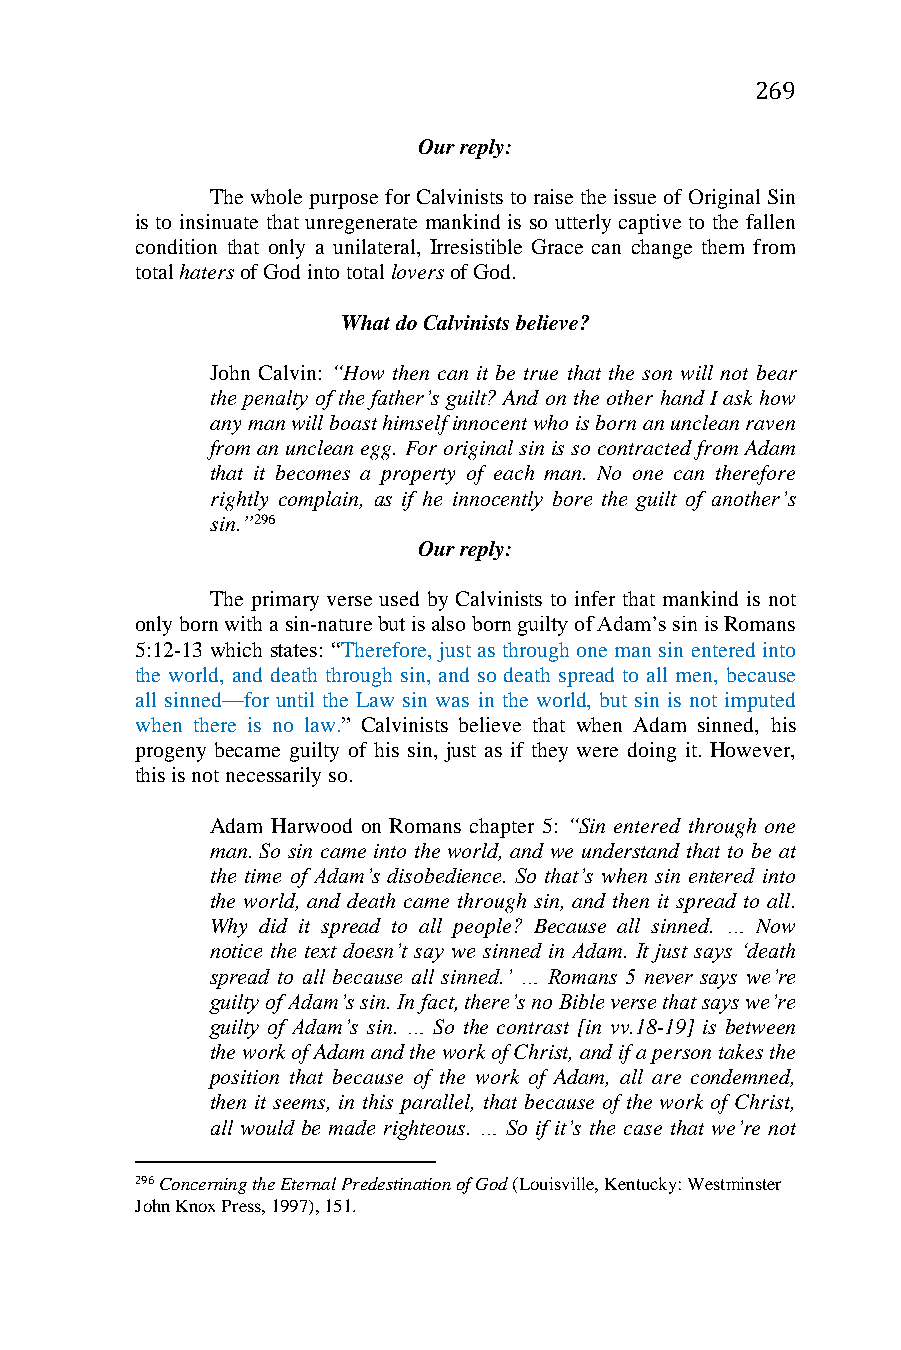
269
 Our reply:
 The whole purpose for Calvinists to raise the issue of Original Sin
 is to insinuate that unregenerate mankind is so utterly captive to the fallen
 condition that only a unilateral, Irresistible Grace can change them from
 total haters of God into total lovers of God.
 What do Calvinists believe?
 John Calvin: “How then can it be true that the son will not bear
 the penalty of the father’s guilt? And on the other hand I ask how
 any man will boast himself innocent who is born an unclean raven
 from an unclean egg. For original sin is so contracted from Adam
 that it becomes a property of each man. No one can therefore
 rightly complain, as if he innocently bore the guilt of another’s
 sin.”296
 Our reply:
 The primary verse used by Calvinists to infer that mankind is not
 only born with a sin-nature but is also born guilty of Adam’s sin is Romans
 5:12-13 which states: “Therefore, just as through one man sin entered into
 the world, and death through sin, and so death spread to all men, because
 all sinned—for until the Law sin was in the world, but sin is not imputed
 when there is no law.” Calvinists believe that when Adam sinned, his
 progeny became guilty of his sin, just as if they were doing it. However,
 this is not necessarily so.
 Adam Harwood on Romans chapter 5: “Sin entered through one
 man. So sin came into the world, and we understand that to be at
 the time of Adam’s disobedience. So that’s when sin entered into
 the world, and death came through sin, and then it spread to all.
 Why did it spread to all people? Because all sinned. … Now
 notice the text doesn’t say we sinned in Adam. It just says ‘death
 spread to all because all sinned.’ … Romans 5 never says we’re
 guilty of Adam’s sin. In fact, there’s no Bible verse that says we’re
 guilty of Adam’s sin. … So the contrast [in vv.18-19] is between
 the work of Adam and the work of Christ, and if a person takes the
 position that because of the work of Adam, all are condemned,
 then it seems, in this parallel, that because of the work of Christ,
 all would be made righteous. … So if it’s the case that we’re not
 296 Concerning the Eternal Predestination of God (Louisville, Kentucky: Westminster
 John Knox Press, 1997), 151.